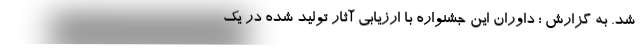
شد. به گزارش ؛ داوران این جشنواره با ارزیابی آثار تولید شده در یک